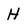
Character: H